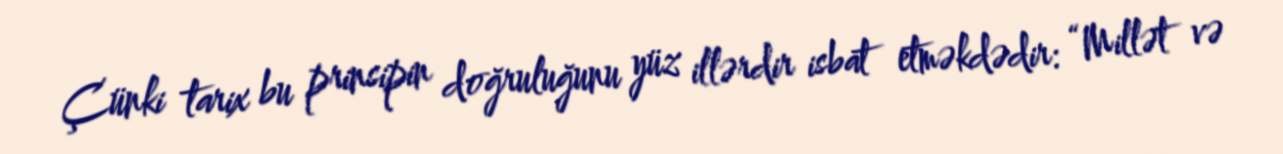
Çünki tarix bu prinsipin doğruluğunu yüz illərdir isbat etməkdədir: “Millət və